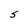
Character: S